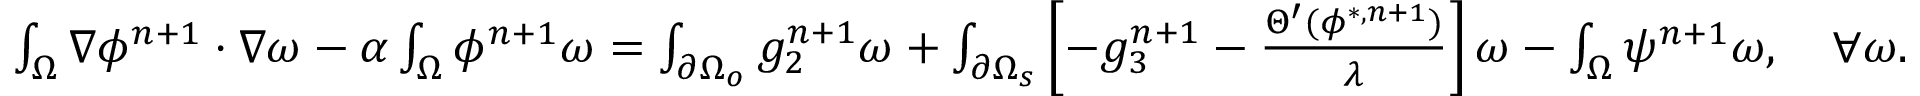
\begin{array} { r l } { \small } & { \int _ { \Omega } \nabla \phi ^ { n + 1 } \cdot \nabla \omega - \alpha \int _ { \Omega } \phi ^ { n + 1 } \omega = \int _ { \partial \Omega _ { o } } g _ { 2 } ^ { n + 1 } \omega + \int _ { \partial \Omega _ { s } } \left[ - g _ { 3 } ^ { n + 1 } - \frac { \Theta ^ { \prime } ( \phi ^ { * , n + 1 } ) } { \lambda } \right] \omega - \int _ { \Omega } \psi ^ { n + 1 } \omega , \quad \forall \omega . } \end{array}